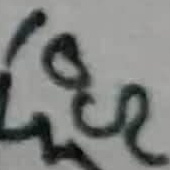
Text: 10Ω